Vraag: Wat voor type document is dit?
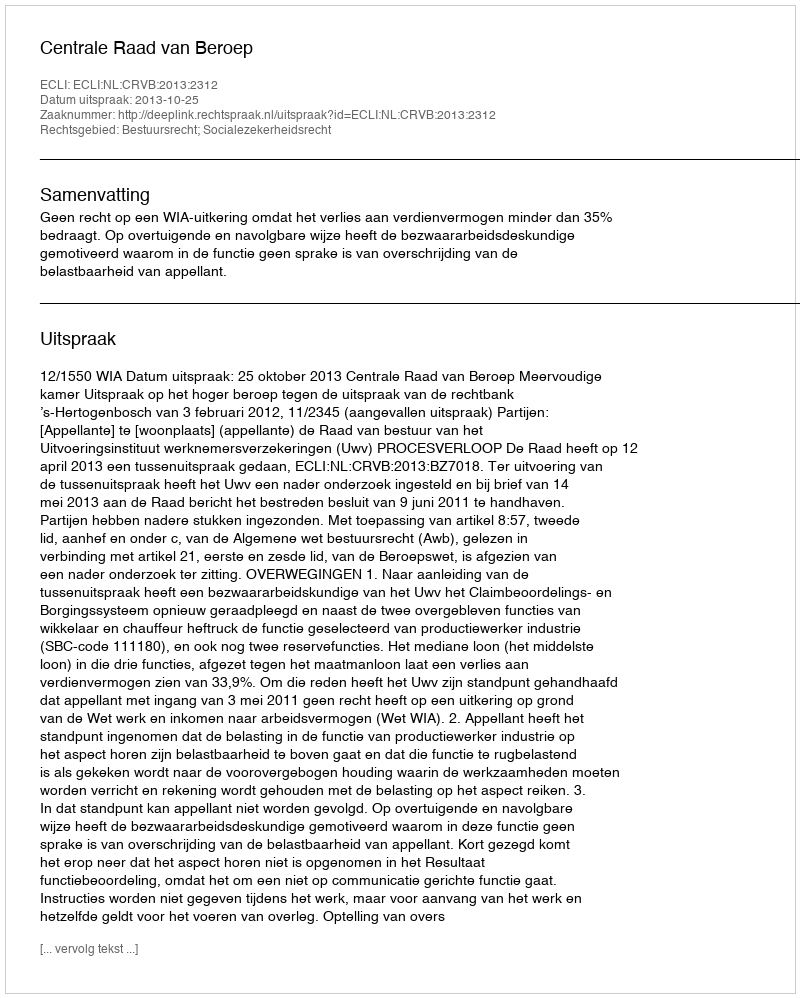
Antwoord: Uitspraak